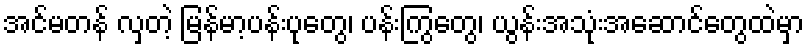
အင်မတန် လှတဲ့ မြန်မာ့ပန်းပုတွေ၊ ပန်းကြွတွေ၊ ယွန်းအသုံးအဆောင်တွေထဲမှာ